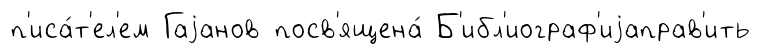
п'иса́т'ел'ем Гаjанов посв'ящена́ Б'ибл'иограф'иjаправ'ить